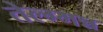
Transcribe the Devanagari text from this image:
तेल्ग्मन्न